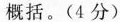
概括。（4分）